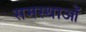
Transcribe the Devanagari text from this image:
समस्थाओं